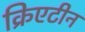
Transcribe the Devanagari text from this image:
क्रिएटीन